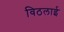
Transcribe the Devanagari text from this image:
विठलाई